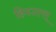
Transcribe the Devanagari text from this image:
हिमउल्लू